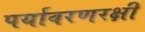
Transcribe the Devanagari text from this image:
पर्यावरणरक्षी